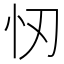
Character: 㣼